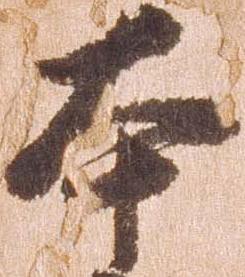
本